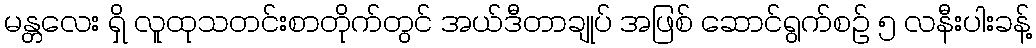
မန္တလေး ရှိ လူထုသတင်းစာတိုက်တွင် အယ်ဒီတာချုပ် အဖြစ် ဆောင်ရွက်စဉ် ၅ လနီးပါးခန့်